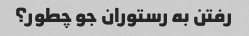
رفتن به رستوران جو چطور؟